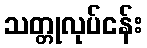
သတ္တုလုပ်ငန်း